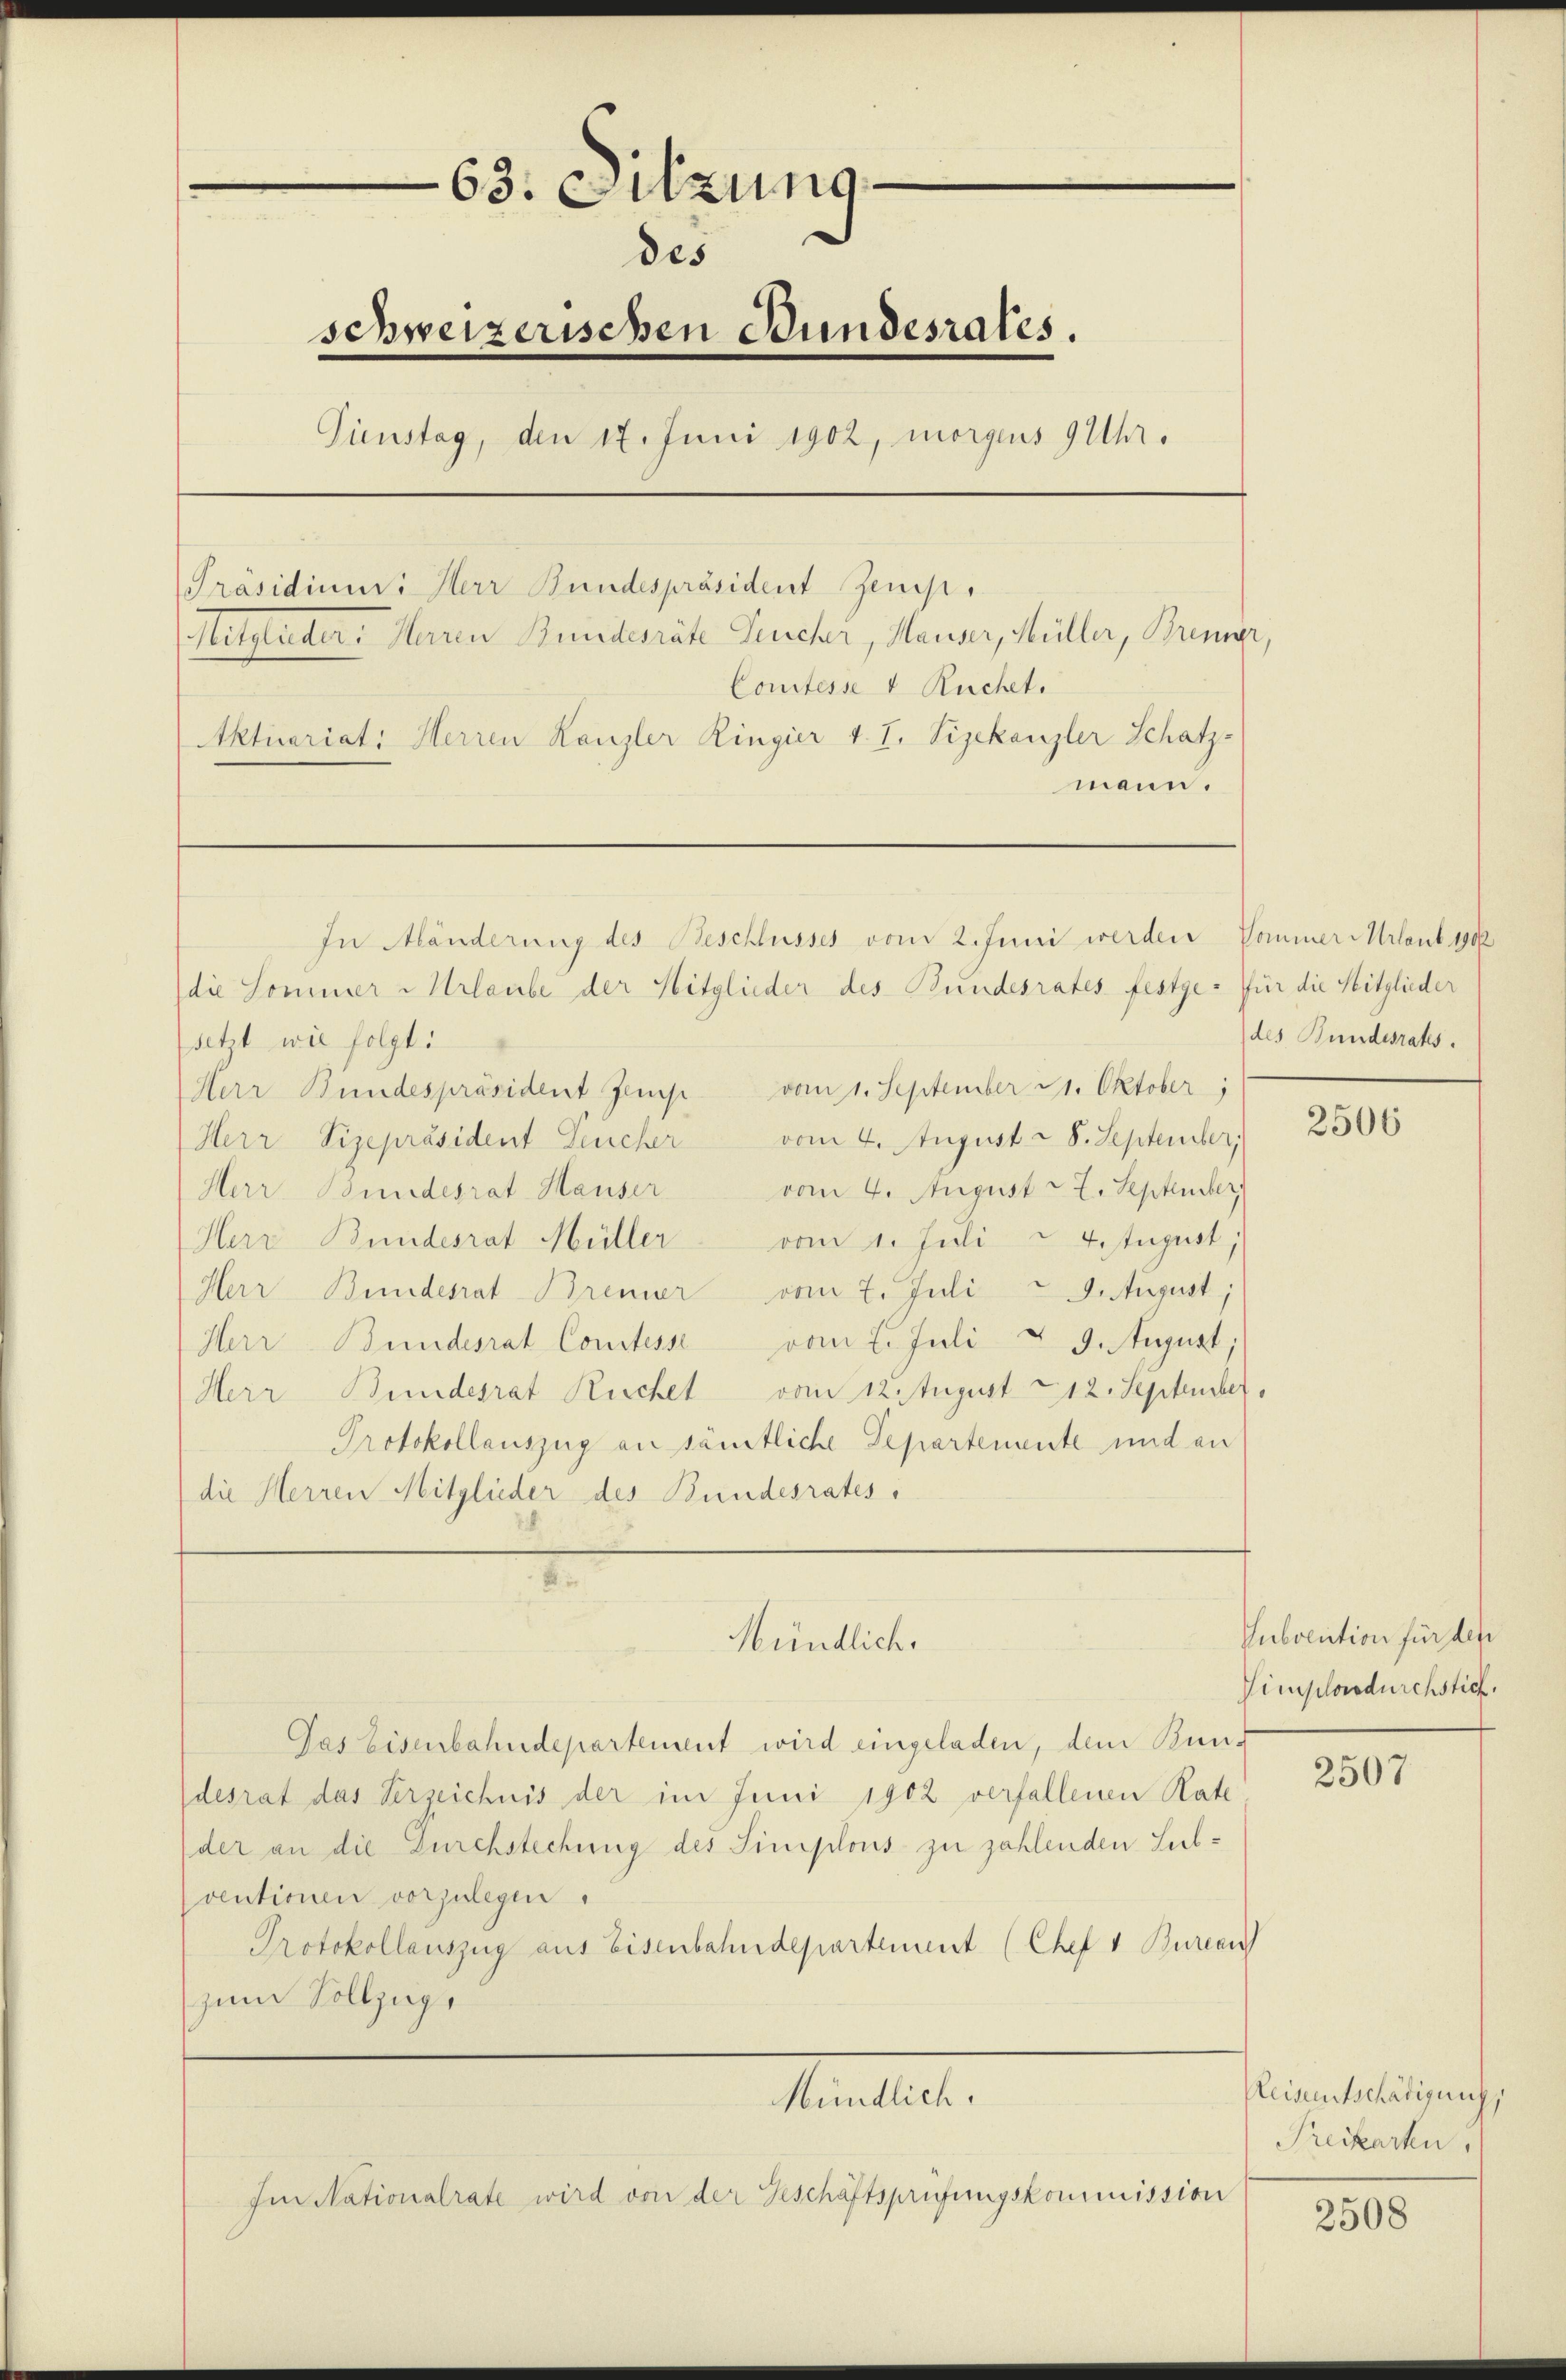
63. Sitzung
des
schweizerischen Stundesrates.
Pinstag, den 17. Juni 1902, morgens 9 Uhr.
Präsidium. Herr Bundespräsident Zems.
Mitglieder Herren Bundesräte Leucher, Hauser, Müller, Brenner,
Comtesse & Ruchet.
Aktuariat: Herren Kanzler Ringier v. I. Sizekanzler Schatz-
mann.

In Mänderung des Beschlusses vom 2. Juni werden Kommer-Urlaub. 180
die Sommer  Urlaube der Mitglieder des Bundesrates festge- für die Mitglieder
setzt wie folgt:
Herr Bundespräsident Jemp vom 1. September 21. Oktober;
Herr Vizepräsident Feucher vom 4. August - 8. September
Herr Bundesrat Hauser vom 4. August - 7. Septemberg
Herr Bundesrat Müller vom 1. Juli u. 4. August,
Herr Bundesrat Bremer vom 7. Juli 29. August,
Herr Bundesrat Constesse vom 2. Juli & 9. August,
Herr Bundesrat Ruchel vom 12. August 12. September,
Protokollauszug an sämtliche Departemente und an
die Herren Mitglieder des Bundesrates

Mündlich.

Gas Eisenbahndepartement wird eingeladen, dem Bundesrat das Verzeichnis der im Juni 1902 verfallenen Rate
der an die Durchstechung des Simplons zu zahlenden Subventionen vorzulegen.
Protokollauszug aus Eisenbahndepartement (Chef v. Bureau
zum Vollzuge

Im Nationalrate wird von der Geschäftsprüfungskommission

Monatente.

des Bundesrates.

2506

Subvention für des
Vimplordurchstich.

2507

Leisentschädigung
Preikarten.

2508